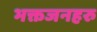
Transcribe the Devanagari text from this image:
भक्तजनहरु